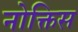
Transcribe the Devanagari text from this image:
नोक्तिस